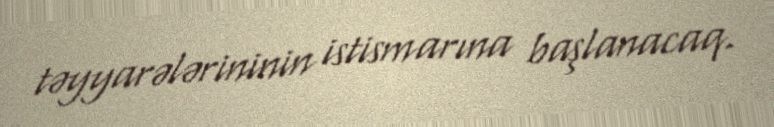
təyyarələrininin istismarına başlanacaq.